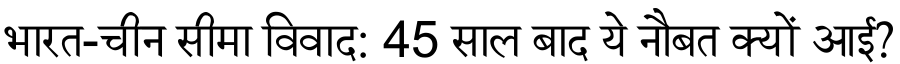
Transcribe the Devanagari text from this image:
भारत-चीन सीमा विवाद: 45 साल बाद ये नौबत क्यों आई?